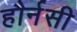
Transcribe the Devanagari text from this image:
हौर्नसी